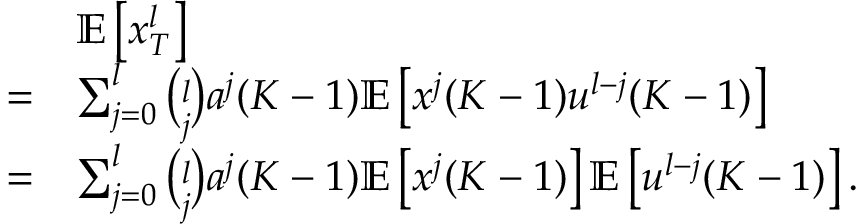
\begin{array} { r l } & { \mathbb { E } \left[ x _ { T } ^ { l } \right] } \\ { = } & { \sum _ { j = 0 } ^ { l } \binom { l } { j } a ^ { j } ( K - 1 ) \mathbb { E } \left[ x ^ { j } ( K - 1 ) u ^ { l - j } ( K - 1 ) \right] } \\ { = } & { \sum _ { j = 0 } ^ { l } \binom { l } { j } a ^ { j } ( K - 1 ) \mathbb { E } \left[ x ^ { j } ( K - 1 ) \right] \mathbb { E } \left[ u ^ { l - j } ( K - 1 ) \right] . } \end{array}